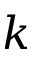
k